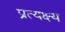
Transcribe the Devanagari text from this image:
प्रत्यक्ष्य